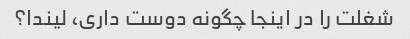
شغلت را در اینجا چگونه دوست داری، لیندا؟